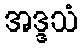
အဒ္ဒသံ